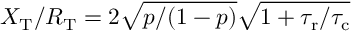
X _ { \mathrm { T } } / R _ { \mathrm { T } } = 2 \sqrt { p / ( 1 - p ) } \sqrt { 1 + { \tau _ { \mathrm { r } } } / { \tau _ { \mathrm { c } } } }